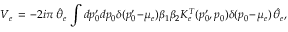
V _ { e } \, = \, - 2 i \pi \, \hat { \theta } _ { e } \, \int d p _ { 0 } ^ { \prime } d p _ { 0 } \delta ( p _ { 0 } ^ { \prime } \! - \! \mu _ { e } ) \beta _ { 1 } \beta _ { 2 } K _ { e } ^ { T } ( p _ { 0 } ^ { \prime } , p _ { 0 } ) \delta ( p _ { 0 } \! - \! \mu _ { e } ) \, \hat { \theta } _ { e } ,